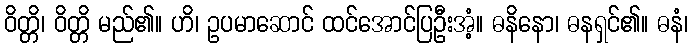
ဝိတ္တိ၊ ဝိတ္တိ မည်၏။ ဟိ၊ ဥပမာဆောင် ထင်အောင်ပြဦးအံ့။ ဓနိနော၊ ဓနရှင်၏။ ဓနံ၊